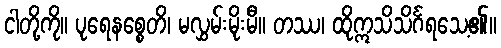
ငါတို့ကို။ ပုရေနစ္စေတိ၊ မလွှမ်းမိုးမီ။ တဿ၊ ထိုဣသိသိင်္ဂရသေ့၏။